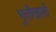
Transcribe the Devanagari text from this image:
भुलीखाली